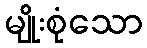
မျိုးစုံသော